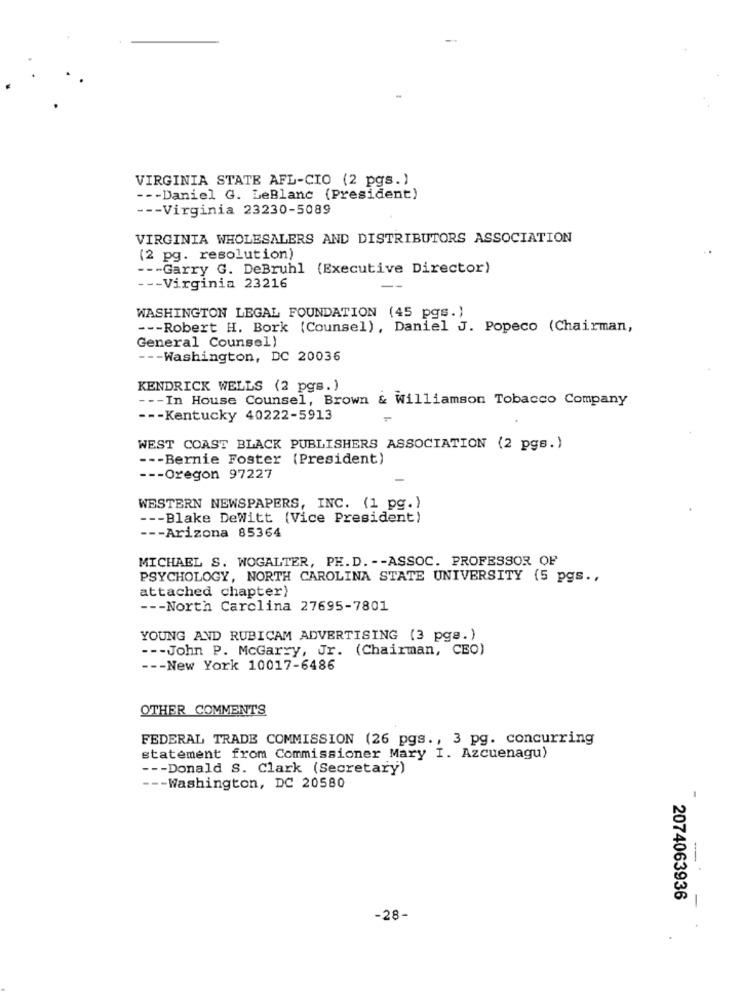
VIRGINIA STATE AFL-CIO (2 pgs.)
--- Daniel G. LeBlanc (President)
--- Virginia 23230-5089
VIRGINIA WHOLESALERS AND DISTRIBUTORS ASSOCIATION
(2 pg. resolution)
--- Garry G. DeBruhl (Executive Director)
--- Virginia 23216
WASHINGTON LEGAL FOUNDATION (45 pgs.)
--- Robert H. Bork (Counsel), Daniel J. Popeco (Chairman,
General Counsel)
--- Washington, DC 20036
KENDRICK WELLS (2 pgs. )
--- In House Counsel, Brown & Williamson Tobacco Company
--- Kentucky 40222-5913
WEST COAST BLACK PUBLISHERS ASSOCIATION (2 pgs.)
--- Bernie Foster (President)
--- Oregon 97227
WESTERN NEWSPAPERS, INC. (1 pg.)
--- Blake DeWitt (Vice President)
--- Arizona 85364
MICHAEL S. WOGALTER, PH.D. -- ASSOC. PROFESSOR OF
PSYCHOLOGY, NORTH CAROLINA STATE UNIVERSITY (5 pgs .,
attached chapter)
--- North Carolina 27695-7801
YOUNG AND RUBICAM ADVERTISING (3 pge.)
--- John P. McGarry, Jr. (Chairman, CEO)
--- New York 10017-6486
OTHER COMMENTS
FEDERAL TRADE COMMISSION (26 pgs ., 3 pg. concurring
statement from Commissioner Mary I. Azcuenagu)
--- Donald S. Clark (Secretary)
--- Washington, DC 20580
-
2074063936
-
-28-